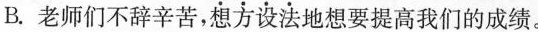
B.老师们不辞辛苦，\underset{·}{想}\underset{·}{方}\underset{·}{设}\underset{·}{法}地想要提高我们的成绩。